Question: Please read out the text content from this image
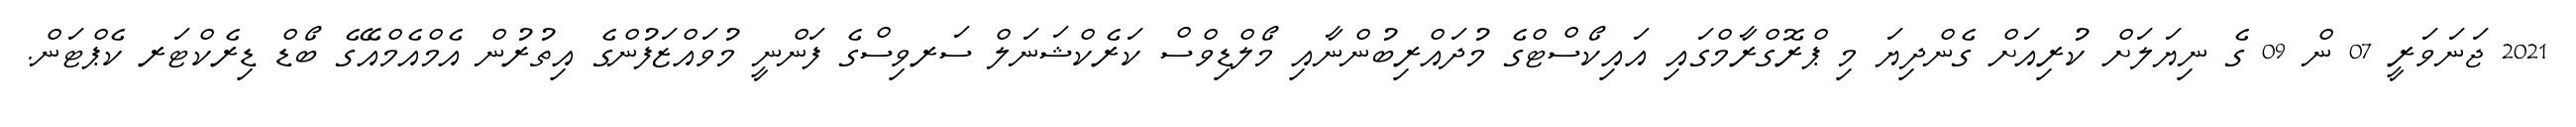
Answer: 2021 ޖަނަވަރީ 07 ން 09 ގެ ނިޔަލަށް ކުރިއަށް ގެންދިޔަ މި ޕްރޮގްރާމްގައި އައިކޯސްޓްގެ މުދައްރިބުންނާއި މޯލްޑިވްސް ކަރެކްޝަނަލް ސަރވިސްގެ ފަންނީ މުވައްޒަފުންގެ އިތުރުން އެމްއެމްއޭގެ ބޯޑް ޑިރެކްޓަރ ކެޕްޓަން.